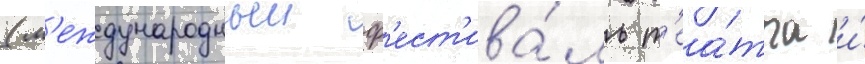
(м'еждународныи ф'ест'ива́ль т'еа́тра и́